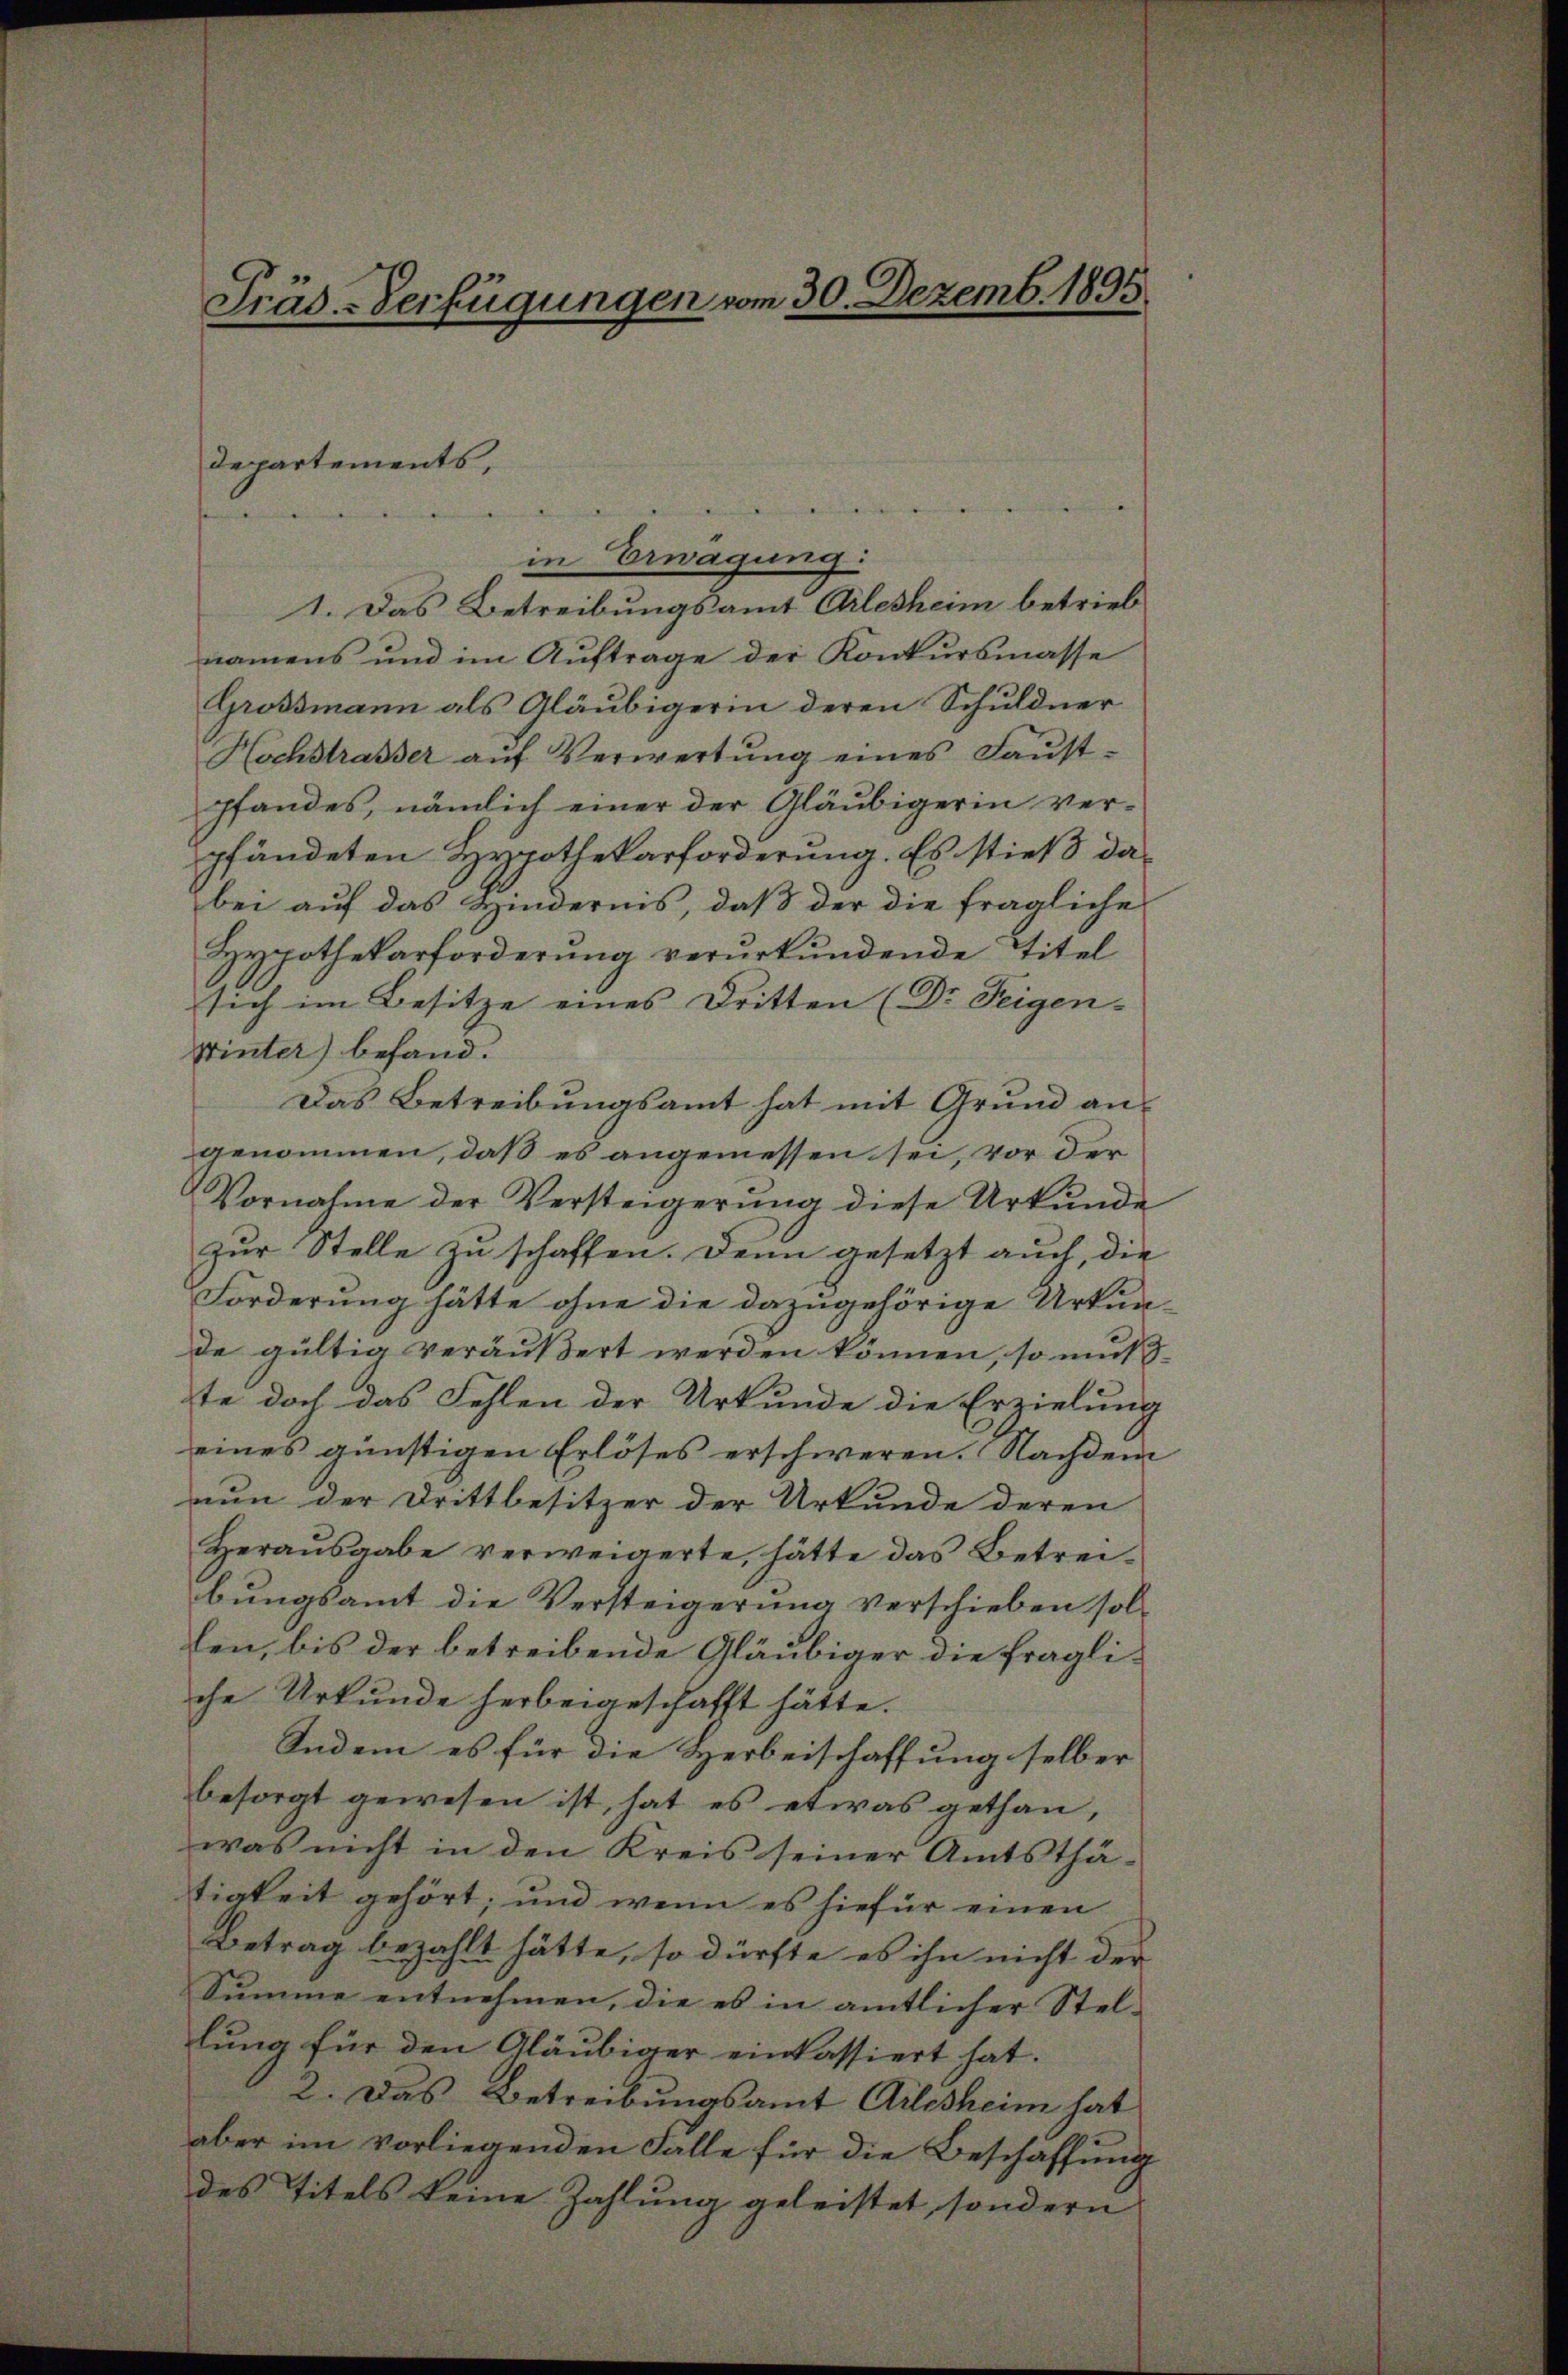
Präs.-Verfügungen vom 30. Dezemb. 1895

departements,

1. Das Betreibungsamt Arlesheim betrieb
namens und im Auftrage der Konkursmasse
Grossmann als Gläubigerin deren Schuldner
Hochstrasser auf Verwertung eines Faust-
pfandes, nämlich einer der Gläubigerin ver-
pfändeten Hypothekarforderung. Es stieß dabei auf das Hindernis, daß der die fragliche
Hypothekarforderŭng verŭrkŭndende Titel
sich im Besitze eines Dritten (Dr. Teigen-
Winter) befand.
Das Betreibungsamt hat mit Grund an
genommen, daß es angemessen sei, vor der
Vornahme der Versteigerŭng diese Urkunde
zur Stelle zu schaffen. Denn gesetzt auch, die
Forderung hätte ohne die dazugehörige Urkunde gültig veräußert werden können, so muß
te doch das Fehlen der Urkunde die Erzielung
eines günstigen Erlöses erschweren. Nachdem
nun der Drittbesitzer der Urkunde deren
Heraŭsgabe verweigerte, hätte das Betrei-
bungsamt die Versteigerung verschieben sol-
len, bis der betreibende Gläubiger die fragliche Urkunde herbeigeschafft hätte.
Indem es für die Herbeischaffung selber
besorgt gewesen ist, hat es etwas gethan,
was nicht in den Kreis seiner Amtsthätigkeit gehört; und wenn es hiefür einen
Betrag bezahlt hätte, so dürfte es ihn nicht der
Summe entnehmen, die es in amtlicher Stel- |
lung für den Gläubiger einlassiert hat.
2. Das Betreibungsamt Arlesheim hat
aber im vorliegenden Falle für die Beschaffung
des Titels keine Zahlung geleistet, sondern

in Erwägung: